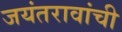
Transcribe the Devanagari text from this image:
जयंतरावांची